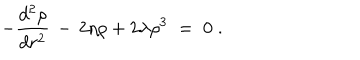
- \frac { d ^ { 2 } \rho } { d r ^ { 2 } } \, - \, 2 \eta \rho + 2 \lambda \rho ^ { 3 } \; = \; 0 \; .